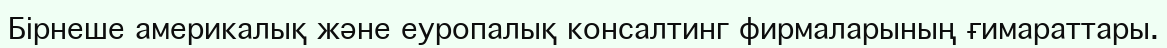
Бірнеше америкалық және еуропалық консалтинг фирмаларының ғимараттары.